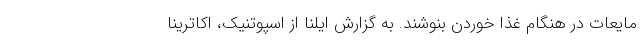
مایعات در هنگام غذا خوردن بنوشند. به گزارش ایلنا از اسپوتنیک، اکاترینا